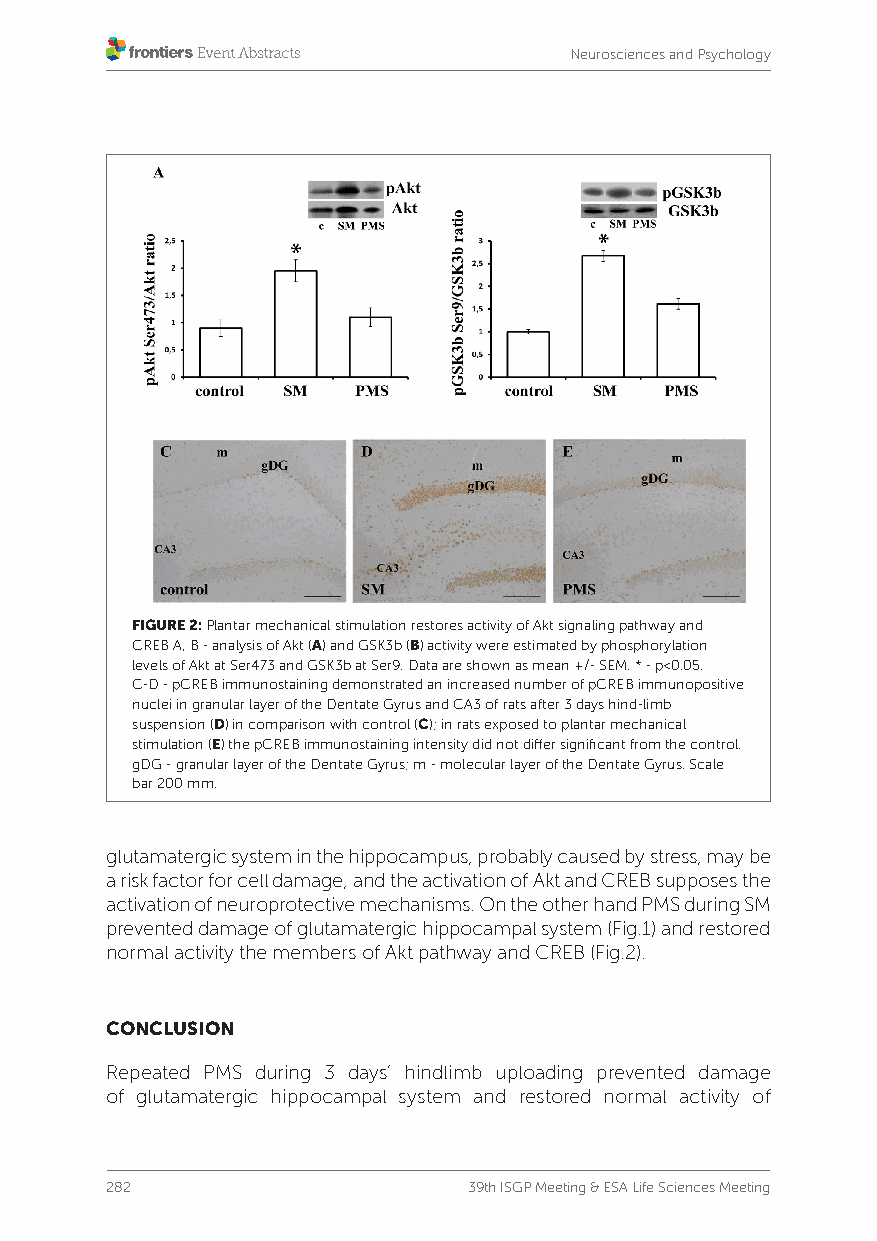
Neurosciences and Psychology
 FIGURE 2: Plantar mechanical stimulation restores activity of Akt signaling pathway and
 CREB A, B - analysis of Akt (A) and GSK3b (B) activity were estimated by phosphorylation
 levels of Akt at Ser473 and GSK3b at Ser9. Data are shown as mean +/- SEM. * - p<0.05.
 C-D - pCREB immunostaining demonstrated an increased number of pCREB immunopositive
 nuclei in granular layer of the Dentate Gyrus and CA3 of rats after 3 days hind-limb
 suspension (D) in comparison with control (C); in rats exposed to plantar mechanical
 stimulation (E) the pCREB immunostaining intensity did not differ significant from the control.
 gDG - granular layer of the Dentate Gyrus; m - molecular layer of the Dentate Gyrus. Scale
 bar 200 mm.
 glutamatergic system in the hippocampus, probably caused by stress, may be
 a risk factor for cell damage, and the activation of Akt and CREB supposes the
 activation of neuroprotective mechanisms. On the other hand PMS during SM
 prevented damage of glutamatergic hippocampal system (Fig.1) and restored
 normal activity the members of Akt pathway and CREB (Fig.2).
 CONCLUSION
 Repeated PMS during 3 days’ hindlimb uploading prevented damage
 of glutamatergic hippocampal system and restored normal activity of
 282                     39th ISGP Meeting & ESA Life Sciences Meeting